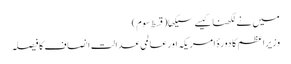
میں نے لکھنا کیسے سیکھا(قسط سوم)
وزیراعظم کا دورۂ امریکہ اورعالمی عدالتِ انصاف کا فیصلہ